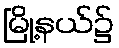
မြို့နယ်၌